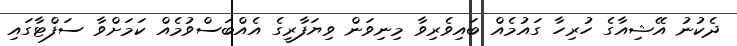
ދެކުނު އޭޝިއާގެ ހުރިހާ ގައުމެއް ބައިވެރިވާ މިނިވަން ވިޔަފާރީގެ އެއްބަސްވުމެއް ކަމަށްވާ ސަފްޓާގައި